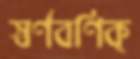
স্বর্ণবণিক্‌